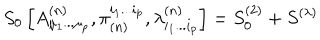
LaTeX: S _ { 0 } \left[ A _ { \mu _ { 1 } . . . \mu _ { p } } ^ { ( n ) } , \pi _ { ( n ) } ^ { i _ { 1 } . . . i _ { p } } , \lambda _ { i _ { 1 } . . . i _ { p } } ^ { ( n ) } \right] = S _ { 0 } ^ { ( 2 ) } + S ^ { ( \lambda ) }